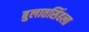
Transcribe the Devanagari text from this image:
बुलातसिंहला